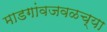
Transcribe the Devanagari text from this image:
माडगांवजवळच्या